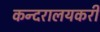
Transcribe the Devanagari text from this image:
कन्दरालयकरी